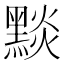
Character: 𪑓